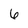
Character: 6